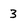
Character: 3